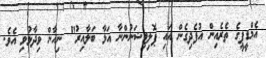
އެމްޑީޕީގެ ތެރެއިން އުފެދިގެން އައި ޕޮލިޓިޝަނުންނާ އަޅާ ބަލާއިރު" ނިހާން ވިދާޅުވި އެވެ.